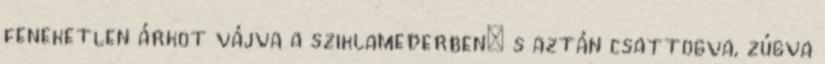
feneketlen árkot vájva a sziklamederben; s aztán csattogva, zúgva